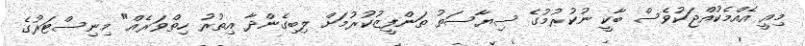
މިއީ އެއްމެކުއްޖަކުވެސް ބާކީ ނުކުރުމުގެ ސިޔާސަތު ތަންފީޒުކުރުމަށް ލިބިގެންދާ އިތުރު ހިތްވަރެއް" މިނިސްޓަރުގެ